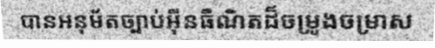
បានអនុម័តច្បាប់អ៊ីនធឺណិតដ៏ចម្រូងចម្រាស